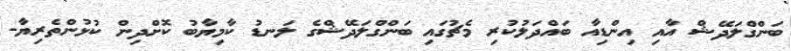
ބަންގްލަދޭޝް އާއި އިންޑިއާ ބައްދަލުކުރި މެޗުގައި ބަންގްލަދޭޝްގެ ލަނޑު ކާމިޔާބު ކޮށްދިން ކުޅުންތެރިޔާ-